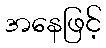
အနေဖြင့်